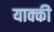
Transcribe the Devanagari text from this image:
याक्की